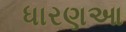
ધારણઆ